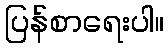
ပြန်စာရေးပါ။